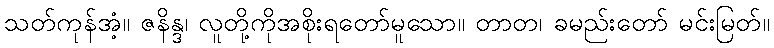
သတ်ကုန်အံ့။ ဇနိန္ဒ၊ လူတို့ကိုအစိုးရတော်မူသော။ တာတ၊ ခမည်းတော် မင်းမြတ်။